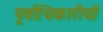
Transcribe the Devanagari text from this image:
पूर्वाधिकारीयों